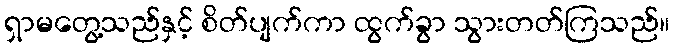
ရှာမတွေ့သည်နှင့် စိတ်ပျက်ကာ ထွက်ခွာ သွားတတ်ကြသည်။